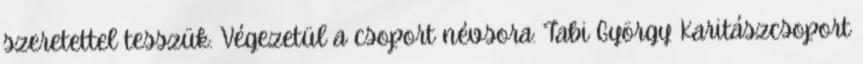
szeretettel tesszük. Végezetül a csoport névsora: Tabi György Karitászcsoport